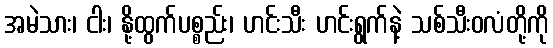
အမဲသား၊ ငါး၊ နို့ထွက်ပစ္စည်း၊ ဟင်းသီး ဟင်းရွက်နဲ့ သစ်သီးဝလံတို့ကို